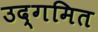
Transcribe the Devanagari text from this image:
उद्गमित